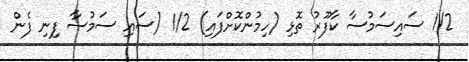
1/2 ސައިސަމުސާ ކާފޫރު ތޮޅި (ހިމުންކޮށްފައި) 1/2 (ސައި ސަމުސާ ފިނި ފެން